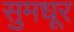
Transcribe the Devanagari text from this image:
सुमधूर